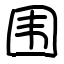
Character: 围